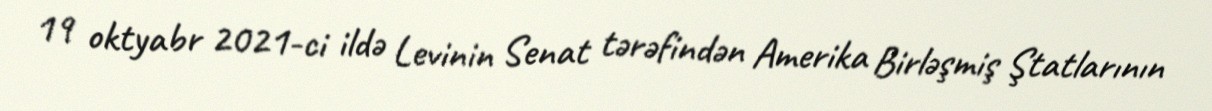
19 oktyabr 2021-ci ildə Levinin Senat tərəfindən Amerika Birləşmiş Ştatlarının